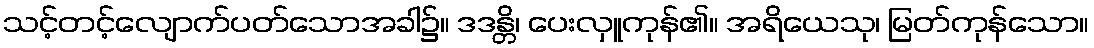
သင့်တင့်လျောက်ပတ်သောအခါ၌။ ဒဒန္တိ၊ ပေးလှူကုန်၏။ အရိယေသု၊ မြတ်ကုန်သော။